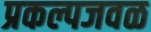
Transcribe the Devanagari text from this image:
प्रकल्पजवळ